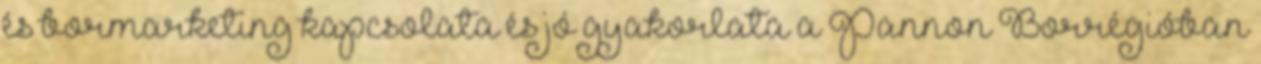
és bormarketing kapcsolata és jó gyakorlata a Pannon Borrégióban